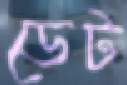
ডেট